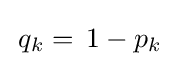
\,q_{k}=\,1-p_{k}